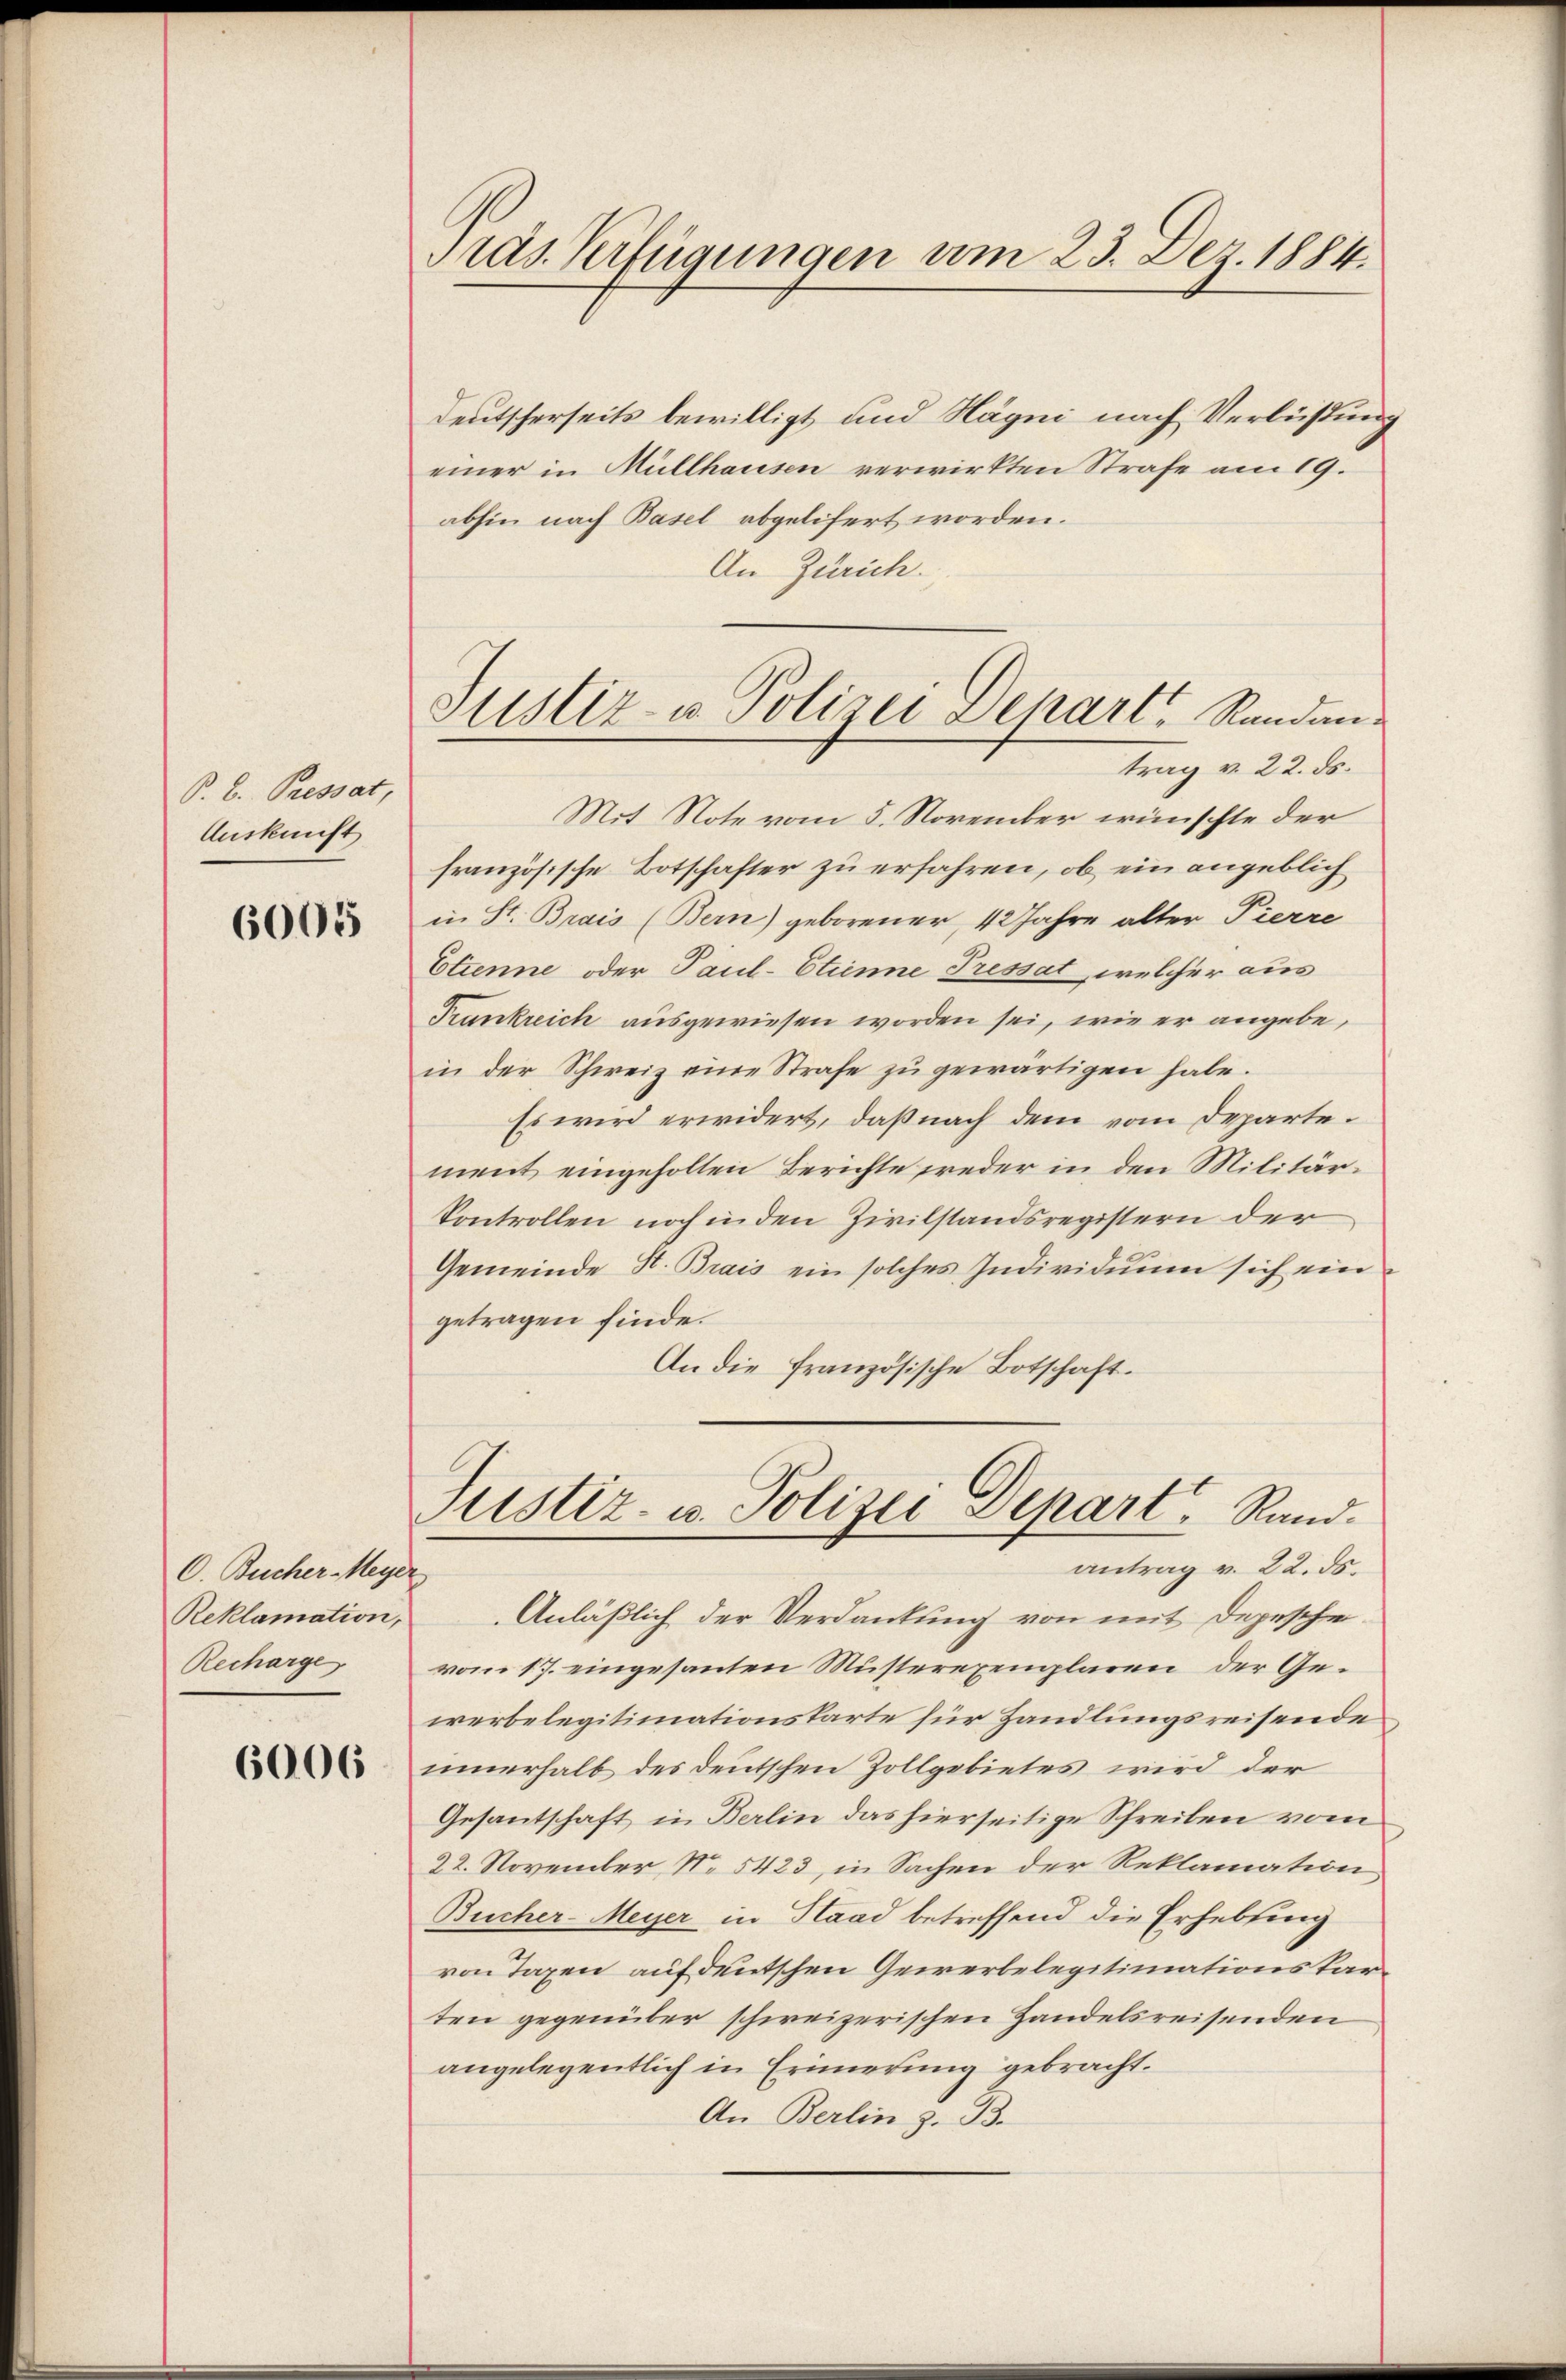
P. b. Pressat,
Auskunft

6005

O. Bucher-Meyer
Reklamation,
Recharge

6006

Aas Verfügungen am 23. Dez. 1884.

Justiz- u. Polizei Depart Randantrag v. 22. ds.

Deutscherseits bewilligt und Hägni nach Verlüstung
einer in Müllhausen verwirkten Strafe am 19.
abhin nach Basel abgelifert worden.
An Zürich.
Mit Note vom 5. November wünschte der
französische Botschafter zu erfahren, ob ein angeblich
in St. Brais (Bern) geborener, 12 Jahre alter Pierre
Etienne oder Paul-Etienne Pressat, welcher aus
Trankreich ausgewiesen worden sei, wie er angebe,
in der Schweiz eine Strafe zu gewärtigen habe.
Es wird erwidert, daß nach dem vom Departement eingeholten Berichte weder in den Militär¬
Controllen noch in den Zivilstandsregistern der
Gemeinde H. Brais ein solches Individuum sich ein
getragen finde.
An die französische Botschaft.

Justiz- u. Polizei Depart Rand.
antrag v. 22. ds.

Anläßlich der Verdankung von mit Depesche
vom 17. eingesanten Musterexemplaren der Gewerbelegitimationskarte für Handlungsreisende
innerhalb des deutschen Zollgebietes wird der
Gesantschaft in Berlin das hierseitige Schreiben vom
22. November No. 5423, in Sachen der Reklamation
Bucher-Meyer in Haad betreffend die Erhebung
von Taxen auf deutschen Gewerbelegitimationskarten gegenüber schweizerischen Handelsreisenden
angelegentlich in Erinnerung gebracht.
An Berlin z. B.